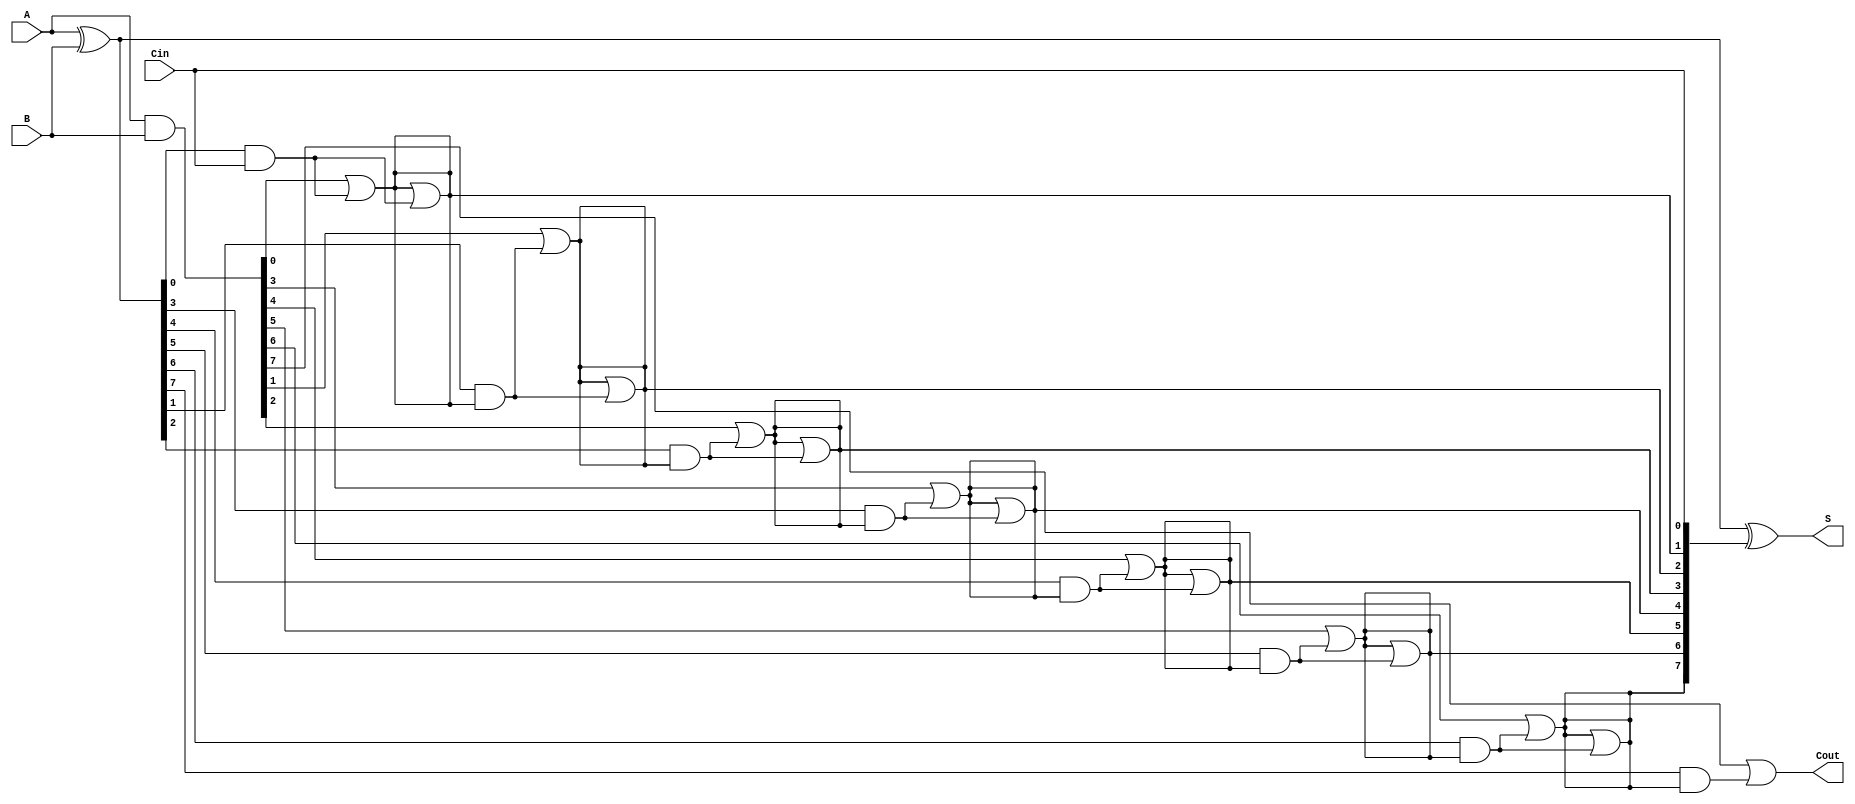
module ParallelPrefixAdder #(parameter N = 8) (
    input  [N-1:0] A,      // First operand
    input  [N-1:0] B,      // Second operand
    input  Cin,            // Carry-in
    output [N-1:0] S,      // Sum output
    output Cout            // Carry-out
);

    // Generate and Propagate signals
    wire [N-1:0] G; // Generate
    wire [N-1:0] P; // Propagate
    wire [N:0] C;    // Carry

    // Generate and Propagate calculations
    assign G = A & B;          // Generate
    assign P = A ^ B;          // Propagate
    assign C[0] = Cin;         // Carry-in

    // Kogge-Stone Prefix Network
    genvar i, j;
    generate
        // Level 1
        for (i = 0; i < N; i = i + 1) begin: level1
            if (i == 0) begin
                assign C[i + 1] = G[i] | (P[i] & C[i]);
            end else begin
                assign C[i + 1] = G[i] | (P[i] & C[i]);
            end
        end

        // Level 2
        for (j = 0; j < N; j = j + 1) begin: level2
            if (j < N - 1) begin
                assign C[j + 1] = C[j + 1] | (P[j] & C[j]);
            end
        end
    endgenerate

    // Sum calculation
    assign S = P ^ C[N-1:0]; // Sum bits

    // Carry-out
    assign Cout = C[N];

endmodule